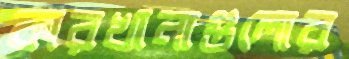
কারখানাগুলোর